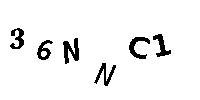
36NNC1